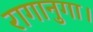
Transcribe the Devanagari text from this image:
रागानुगा।